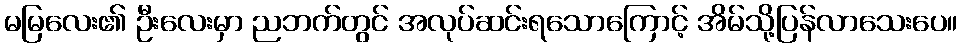
မမြလေး၏ ဦးလေးမှာ ညဘက်တွင် အလုပ်ဆင်းရသောကြောင့် အိမ်သို့ပြန်လာသေးပေ။